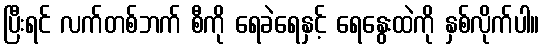
ပြီးရင် လက်တစ်ဘက် စီကို ရေခဲရေနှင့် ရေနွေးထဲကို နှစ်လိုက်ပါ။